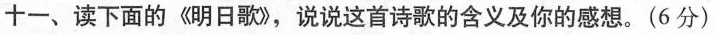
十一、读下面的《明日歌》，说说这首诗歌的含义及你的感想。(6分)